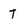
Character: t